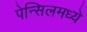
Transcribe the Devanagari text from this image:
पेन्सिलमध्ये